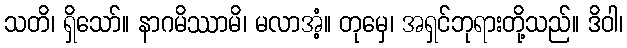
သတိ၊ ရှိသော်။ နာဂမိဿာမိ၊ မလာအံ့။ တုမှေ၊ အရှင်ဘုရားတို့သည်။ ဒိဝါ၊